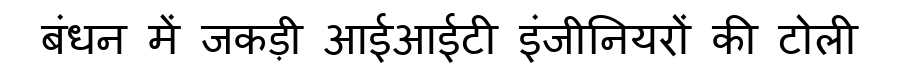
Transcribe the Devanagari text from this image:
बंधन में जकड़ी आईआईटी इंजीनियरों की टोली